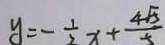
y = - \frac { 1 } { 2 } x + \frac { 4 \sqrt { 5 } } { 5 }